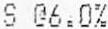
S @6.0%